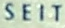
SEIT